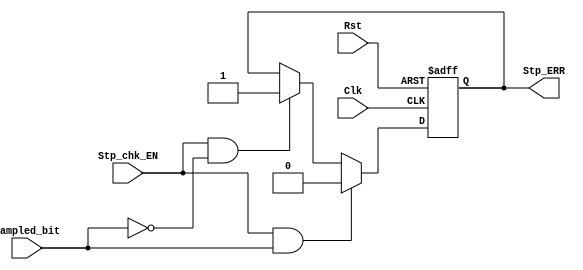
module Stop_check
(
    input  wire Sampled_bit,
    input  wire Stp_chk_EN,
    input  wire Clk,
    input  wire Rst,
    output reg  Stp_ERR
);
reg   Stp_ERR_reg;  


always @(*)
 begin
    if(Stp_chk_EN && (Sampled_bit==1'd1))
        Stp_ERR_reg = 1'd0 ;    
    else if(Stp_chk_EN && (Sampled_bit!=1'd1))
        Stp_ERR_reg = 1'd1  ;
    else
        Stp_ERR_reg = Stp_ERR;
end


always @(posedge Clk or negedge Rst) 
begin
    if(!Rst)
        Stp_ERR <= 1'd0;    
    else
        Stp_ERR <= Stp_ERR_reg ;
end




endmodule